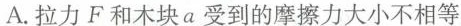
A.拉力F和木块a受到的摩擦力大小不相等